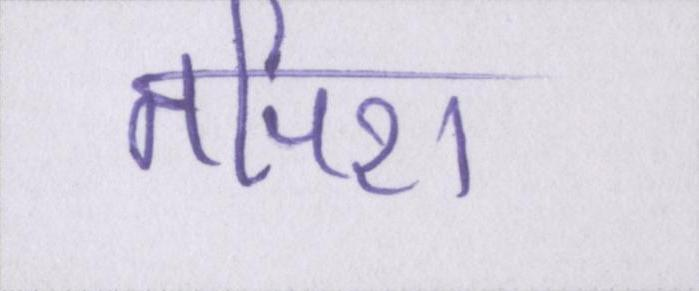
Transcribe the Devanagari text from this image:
तपिश